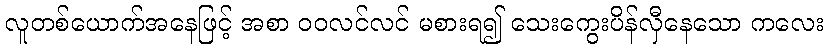
လူတစ်ယောက်အနေဖြင့် အစာ ဝဝလင်လင် မစားရ၍ သေးကွေးပိန်လှီနေသော ကလေး